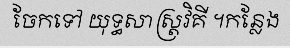
ចែកទៅ យុទ្ធសាស្ត្រវិគី ។កន្លែង